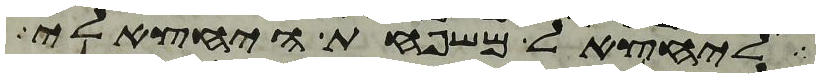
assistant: ליחצאל משפחת היחצאלי